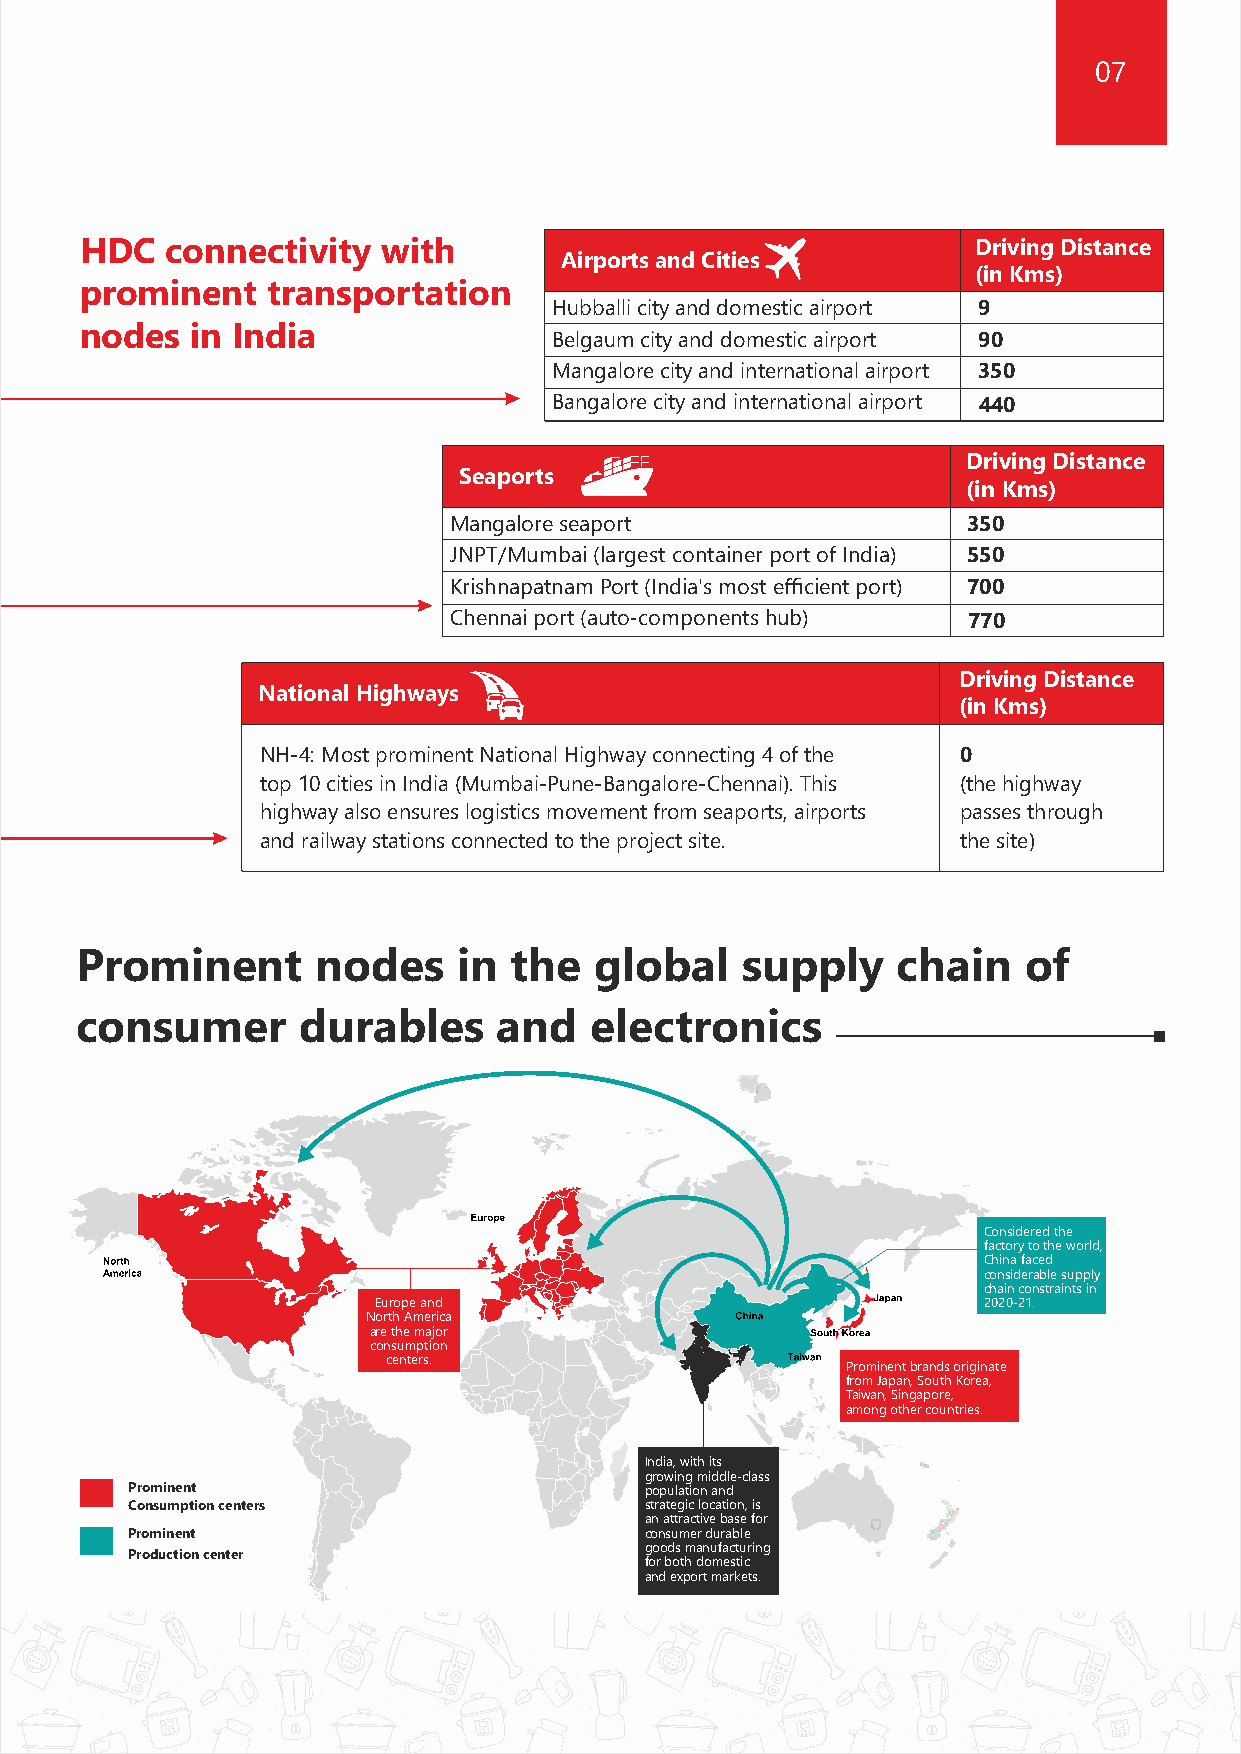
06                                                                      07
 Location Advantage
 HDC   connectivity  with                                    Driving Distance
 Airports and Cities
 Hubballi, Karnataka                                              (in Kms)
 prominent    transportation
 Hubballi city and domestic airport 9
 nodes   in India
 Belgaum city and domestic airport 90
 Mangalore city and international airport 350
 Bangalore city and international airport 440
 Driving Distance
 Seaports
 (in Kms)
 Mangalore seaport                 350
 JNPT/Mumbai (largest container port of India) 550
 Krishnapatnam Port (India's most efficient port) 700
 Chennai port (auto-components hub) 770
 Hubballi is also part of mega infrastructure projects of
 Government of India including Bangalore-Mumbai Economic        Driving Distance
 National Highways
 (in Kms)
 Corridor (BMEC)
 NH-4: Most prominent National Highway connecting 4 of the 0
 top 10 cities in India (Mumbai-Pune-Bangalore-Chennai). This (the highway
 Mumbai
 highway also ensures logistics movement from seaports, airports passes through
 (Sea Port &
 and railway stations connected to the project site. the site)
 International Airport)
 Pune
 Hyderabad
 Prominent       nodes    in  the  global    supply    chain    of
 Kolhapur
 consumer       durables     and   electronics
 Belgavi
 Koppal
 Goa
 ProjectSite(Hubballi)
 Krishnapatnam
 Mangalore
 Bangalore Port                                                   Considered the
 (Sea Port &                                                      factory to the world,
 China faced
 International Airport)                                           considerable supply
 Bangalore is                                                     chain constraints in
 Mysore                   Europe and                              2020-21.
 AirCargoHub             North America
 Chennai                 are the major
 consumption
 (Sea Port &               centers.                      Prominent brands originate
 from Japan, South Korea,
 International Airport)
 Taiwan, Singapore,
 among other countries.
 Hub&Spoke
 India, with its
 Kochi Port model for Air                   growing middle-class
 Prominent                          population and
 Cargo   Consumption centers                strategic location, is
 an attractive base for
 Prominent                          consumer durable
 Production center                  goods manufacturing
 for both domestic
 and export markets.